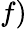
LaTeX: f)